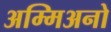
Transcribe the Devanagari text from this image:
अम्मिअनो